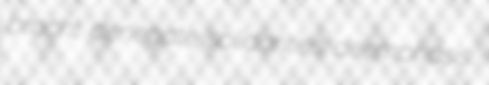
brocht denegate solidarities deemphasis